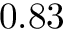
0 . 8 3